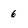
Character: 6